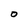
Character: O